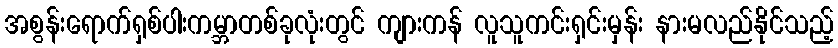
အစွန်းရောက်ရှစ်ပါးကမ္ဘာတစ်ခုလုံးတွင် ကျားကန် လူသူကင်းရှင်းမှန်း နားမလည်နိုင်သည့်